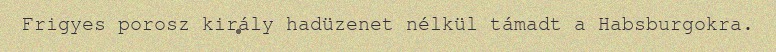
Frigyes porosz király hadüzenet nélkül támadt a Habsburgokra.